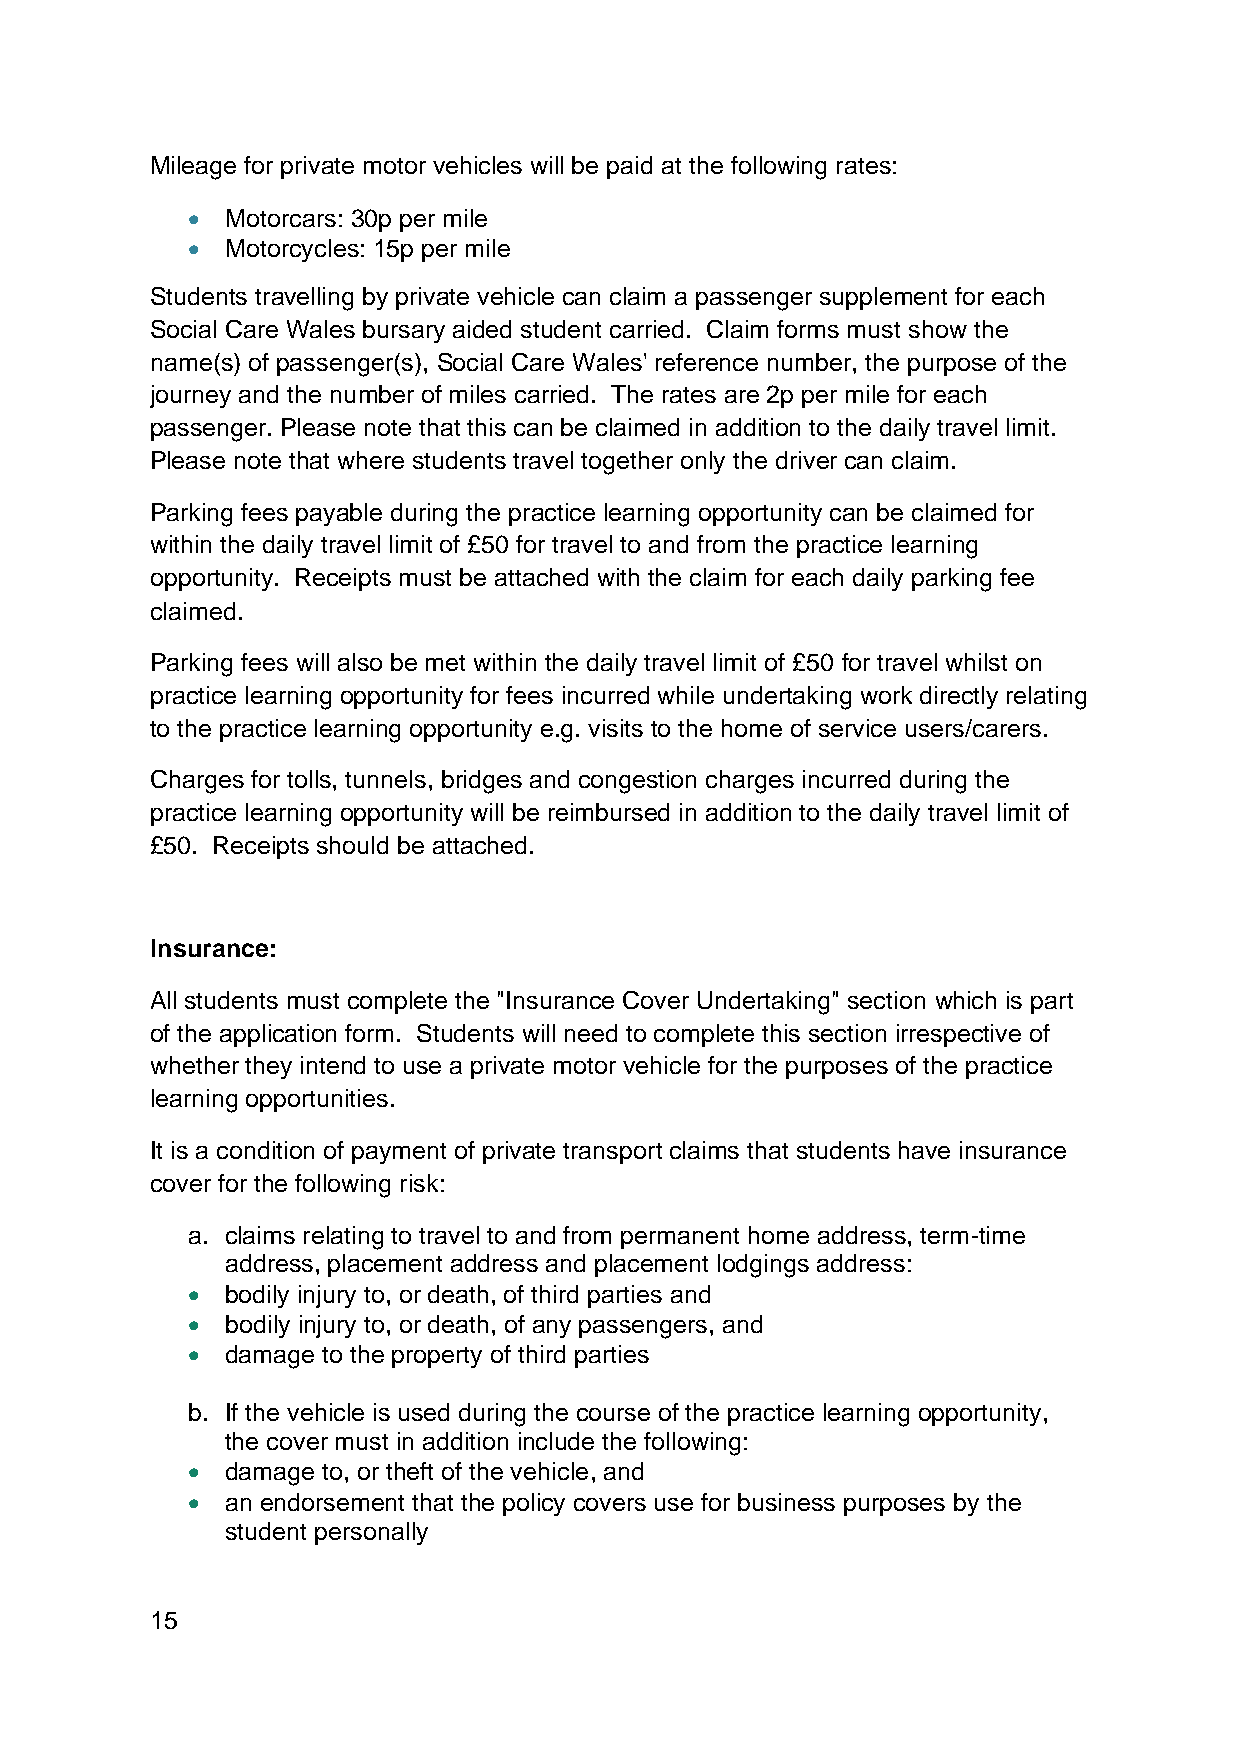
Mileage for private motor vehicles will be paid at the following rates:
 •  Motorcars: 30p per mile
 •  Motorcycles: 15p per mile
 Students travelling by private vehicle can claim a passenger supplement for each
 Social Care Wales bursary aided student carried. Claim forms must show the
 name(s) of passenger(s), Social Care Wales' reference number, the purpose of the
 journey and the number of miles carried. The rates are 2p per mile for each
 passenger. Please note that this can be claimed in addition to the daily travel limit.
 Please note that where students travel together only the driver can claim.
 Parking fees payable during the practice learning opportunity can be claimed for
 within the daily travel limit of £50 for travel to and from the practice learning
 opportunity. Receipts must be attached with the claim for each daily parking fee
 claimed.
 Parking fees will also be met within the daily travel limit of £50 for travel whilst on
 practice learning opportunity for fees incurred while undertaking work directly relating
 to the practice learning opportunity e.g. visits to the home of service users/carers.
 Charges for tolls, tunnels, bridges and congestion charges incurred during the
 practice learning opportunity will be reimbursed in addition to the daily travel limit of
 £50. Receipts should be attached.
 Insurance:
 All students must complete the "Insurance Cover Undertaking" section which is part
 of the application form. Students will need to complete this section irrespective of
 whether they intend to use a private motor vehicle for the purposes of the practice
 learning opportunities.
 It is a condition of payment of private transport claims that students have insurance
 cover for the following risk:
 a. claims relating to travel to and from permanent home address, term-time
 address, placement address and placement lodgings address:
 •  bodily injury to, or death, of third parties and
 •  bodily injury to, or death, of any passengers, and
 •  damage to the property of third parties
 b. If the vehicle is used during the course of the practice learning opportunity,
 the cover must in addition include the following:
 •  damage to, or theft of the vehicle, and
 •  an endorsement that the policy covers use for business purposes by the
 student personally
 15